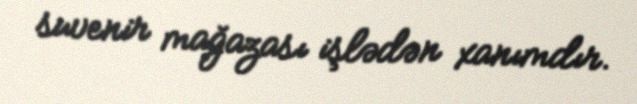
suvenir mağazası işlədən xanımdır.